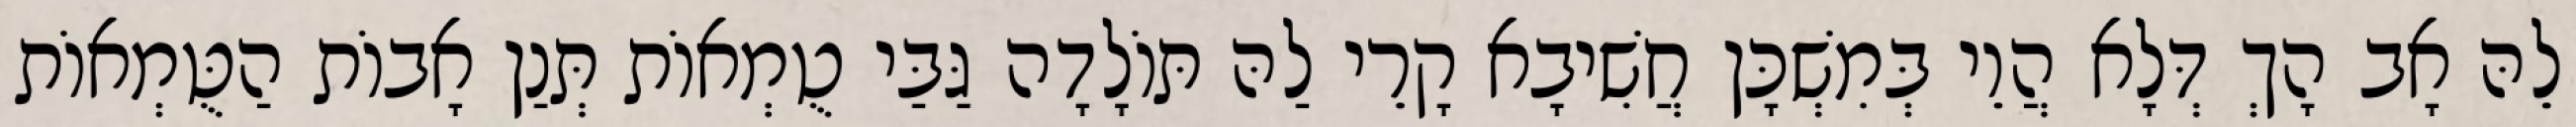
לֵהּ אָב הָךְ דְּלָא הֲוֵי בְּמִשְׁכָּן חֲשִׁיבָא קָרֵי לַהּ תּוֹלָדָה גַּבַּי טֻמְאוֹת תְּנַן אָבוֹת הַטֻּמְאוֹת